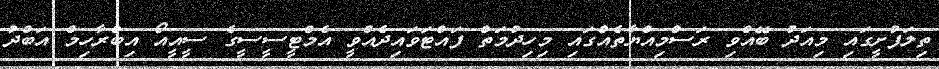
ތިލަފުށީގައި މިއަދު ބޭއްވި ރަސްމިއްޔާތެއްގައި މިހިދުމަތް ފައްޓަވައިދެއްވީ އެމްޓީސީސީގެ ސީއީއޯ އިބްރާހިމް އަބްދު